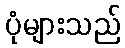
ပုံများသည်